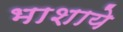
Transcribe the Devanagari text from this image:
भाशाये